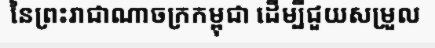
នៃព្រះរាជាណាចក្រកម្ពុជា ដើម្បីជួយសម្រួល